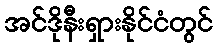
အင်ဒိုနီးရှားနိုင်ငံတွင်